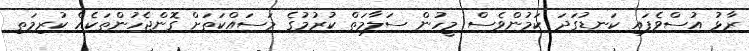
ރާޅު އުސްވެފައި ކަނޑުގަދަ ކަމުންވެސް މީހުން ސަލާމަތް ކުރުމުގެ މަސައްކަތަށް ގޮންޖެހުންތަކެއް ކުރިމަތި